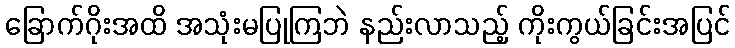
ခြောက်ဂိုးအထိ အသုံးမပြုကြဘဲ နည်းလာသည့် ကိုးကွယ်ခြင်းအပြင်